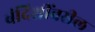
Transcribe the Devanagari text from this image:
बंदिशींवरील